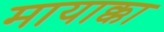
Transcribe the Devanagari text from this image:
मायाक्का